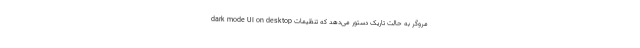
dark mode UI on desktop مروگر به حالت تاریک دستور می‌دهد که تنظیمات